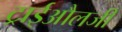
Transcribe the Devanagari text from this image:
ट्राईऔलजी